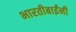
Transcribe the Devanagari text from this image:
भारतीबाईंनी